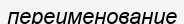
переименование